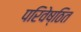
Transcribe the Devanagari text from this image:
परिवेष्ठित